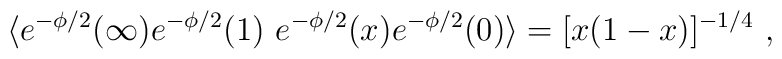
\langle e ^{-\phi/2}(\infty)e ^{-\phi/2}(1)\ e^{-\phi/2}(x) e ^{-\phi/2}(0) \rangle = [x(1-x)]^{-1/4}\ ,